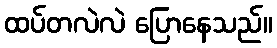
ထပ်တလဲလဲ ပြောနေသည်။